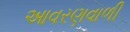
આવરણવાળી